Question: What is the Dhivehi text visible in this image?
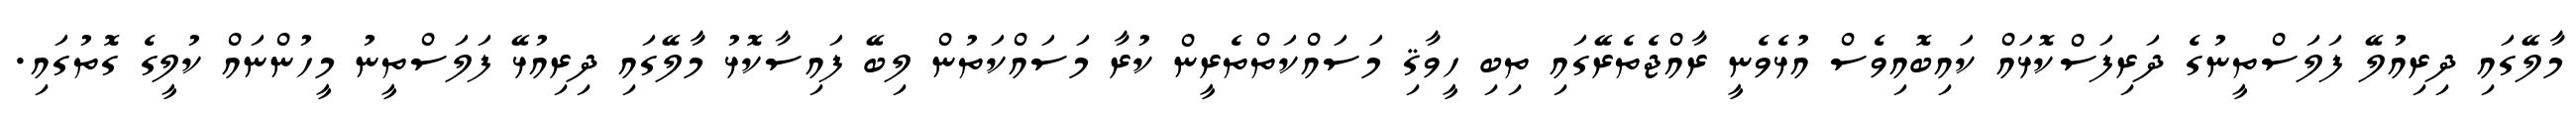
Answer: މާލޭގައި ދިރިއުލޭ ފަލަސްތީނުގެ ދަރިފަސްކޮޅައް ކައިބޮއިވެސް އުޅެވެނީ ރާއްޖެތެރޭގައި ތިބި ހީވާޤި މަސައްކަތްތެރީން ކުރާ މަސައްކަތުން ލިބޭ ފައިސާކޮޅު މާލޭގައި ދިރިއުޅޭ ފަލަސްތީނު މީހުންނައް ކުލީގެ ގޮތުގައި.